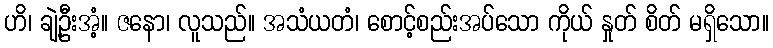
ဟိ၊ ချဲ့ဦးအံ့။ ဇနော၊ လူသည်။ အသံယတံ၊ စောင့်စည်းအပ်သော ကိုယ် နှုတ် စိတ် မရှိသော။